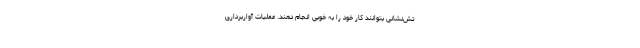
تش‌نشانی بتوانند کار خود را به خوبی انجام دهند. عملیات آواربرداری